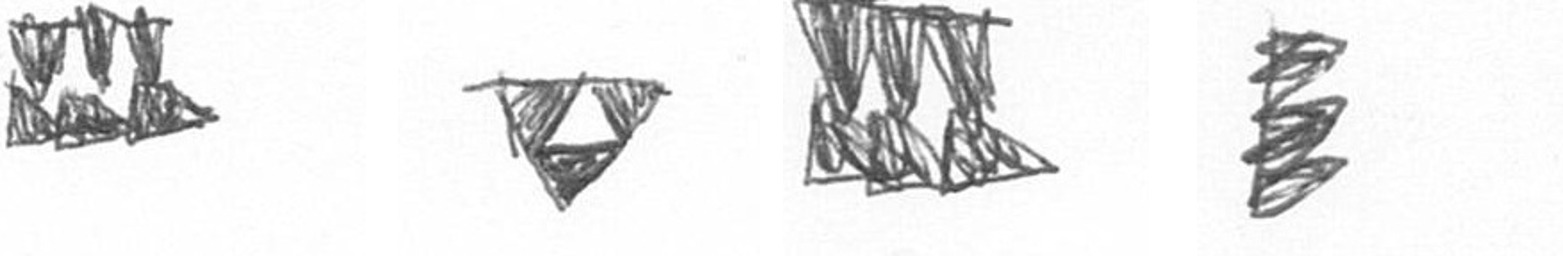
D S D H